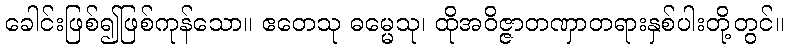
ခေါင်းဖြစ်၍ဖြစ်ကုန်သော။ ဧတေသု ဓမ္မေသု၊ ထိုအဝိဇ္ဇာတဏှာတရားနှစ်ပါးတို့တွင်။